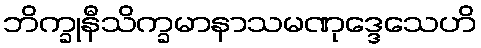
ဘိက္ခုနီသိက္ခမာနာသမဏုဒ္ဒေသေဟိ